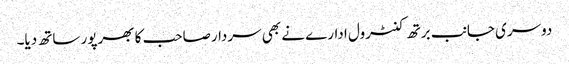
دوسری جانب برتھ کنٹرول ادارے نے بھی سردارصاحب کا بھرپور ساتھ دیا۔